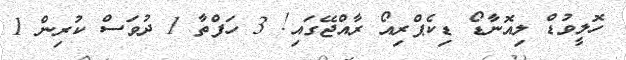
ހޮލީވުޑް ލިއޮނާޑޯ ޑިކެޕްރިއޯ ރާއްޖޭގައި! 3 ހަފްތާ 1 ދުވަސް ކުރިން 1